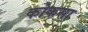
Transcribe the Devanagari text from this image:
कोकसा